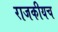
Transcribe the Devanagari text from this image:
राजकीयच